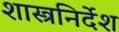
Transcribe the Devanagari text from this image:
शास्त्रनिर्देश